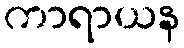
ကာရာယန